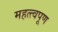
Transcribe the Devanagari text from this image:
महत्त्वपूण